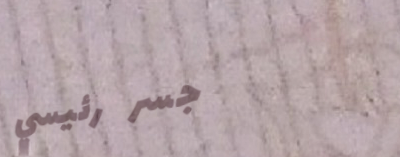
جسر رئيسي